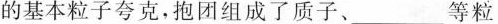
的基本粒子夸克，抱团组成了质子、____等粒